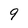
Character: 9